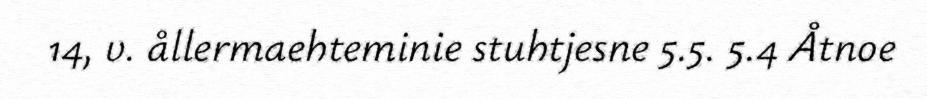
14, v. ållermaehteminie stuhtjesne 5.5. 5.4 Åtnoe